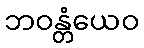
ဘဝန္တံယေဝ